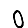
Digit: 0